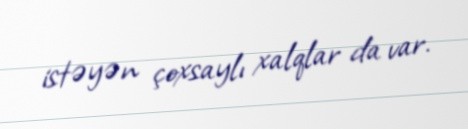
istəyən çoxsaylı xalqlar da var.